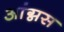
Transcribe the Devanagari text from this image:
आंग्नस